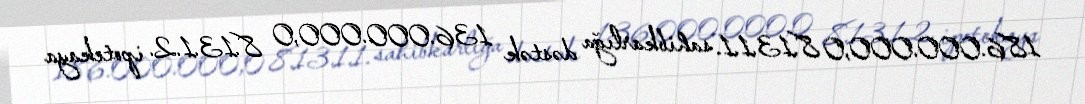
186.000.000,0 8.13.1.1. sahibkarlığa dəstək 136.000.000,0 8.13.1.2. ipotekaya